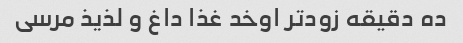
ده دقیقه زودتر اوخد غذا داغ و لذیذ مرسی